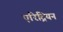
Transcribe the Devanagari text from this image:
एरिट्रियन